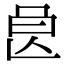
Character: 𣌩